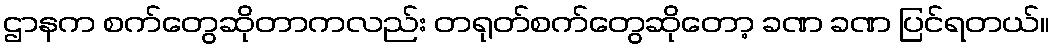
ဌာနက စက်တွေဆိုတာကလည်း တရုတ်စက်တွေဆိုတော့ ခဏ ခဏ ပြင်ရတယ်။